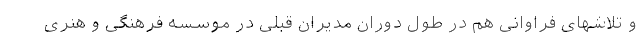
و تلاشهای فراوانی هم در طول دوران مدیران قبلی در موسسه فرهنگی و هنری